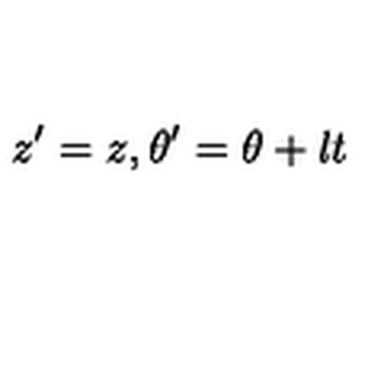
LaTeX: z ^ { \prime } = z , \theta ^ { \prime } = \theta + l t